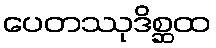
ပေတဿုဒိစ္ဆထ